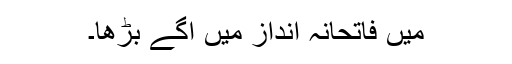
میں فاتحانہ انداز میں آگے بڑھا۔